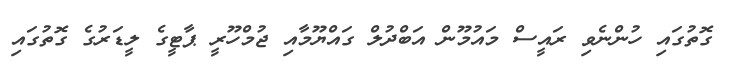
ގޮތުގައި ހުންނެވި ރައީސް މައުމޫން އަބްދުލް ގައްޔޫމާއި ޖުމްހޫރީ ޕާޓީގެ ލީޑަރުގެ ގޮތުގައި